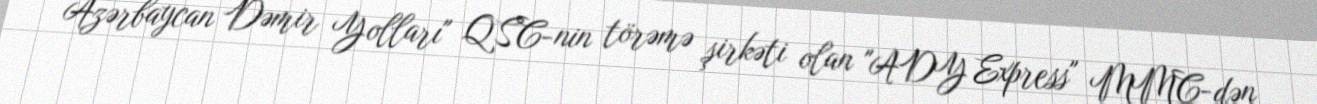
Azərbaycan Dəmir Yolları" QSC-nin törəmə şirkəti olan "ADY Express" MMC-dən